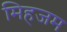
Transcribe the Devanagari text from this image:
मिहजम